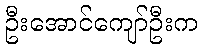
ဦးအောင်ကျော်ဦးက